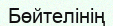
Бөйтелінің